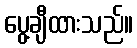
ပွေ့ချီထားသည်။